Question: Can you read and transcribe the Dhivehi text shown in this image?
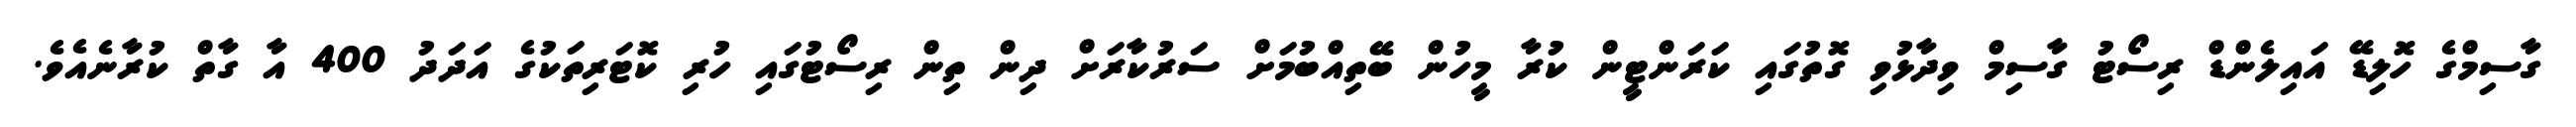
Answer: ގާސިމްގެ ހޮލިޑޭ އައިލެންޑް ރިސޯޓު ގާސިމް ވިދާޅުވި ގޮތުގައި ކަރަންޓީން ކުރާ މީހުން ބޭތިއްބުމަށް ސަރުކާރަށް ދިން ތިން ރިސޯޓުގައި ހުރި ކޮޓަރިތަކުގެ އަދަދު 400 އާ ގާތް ކުރާނެއެވެ.